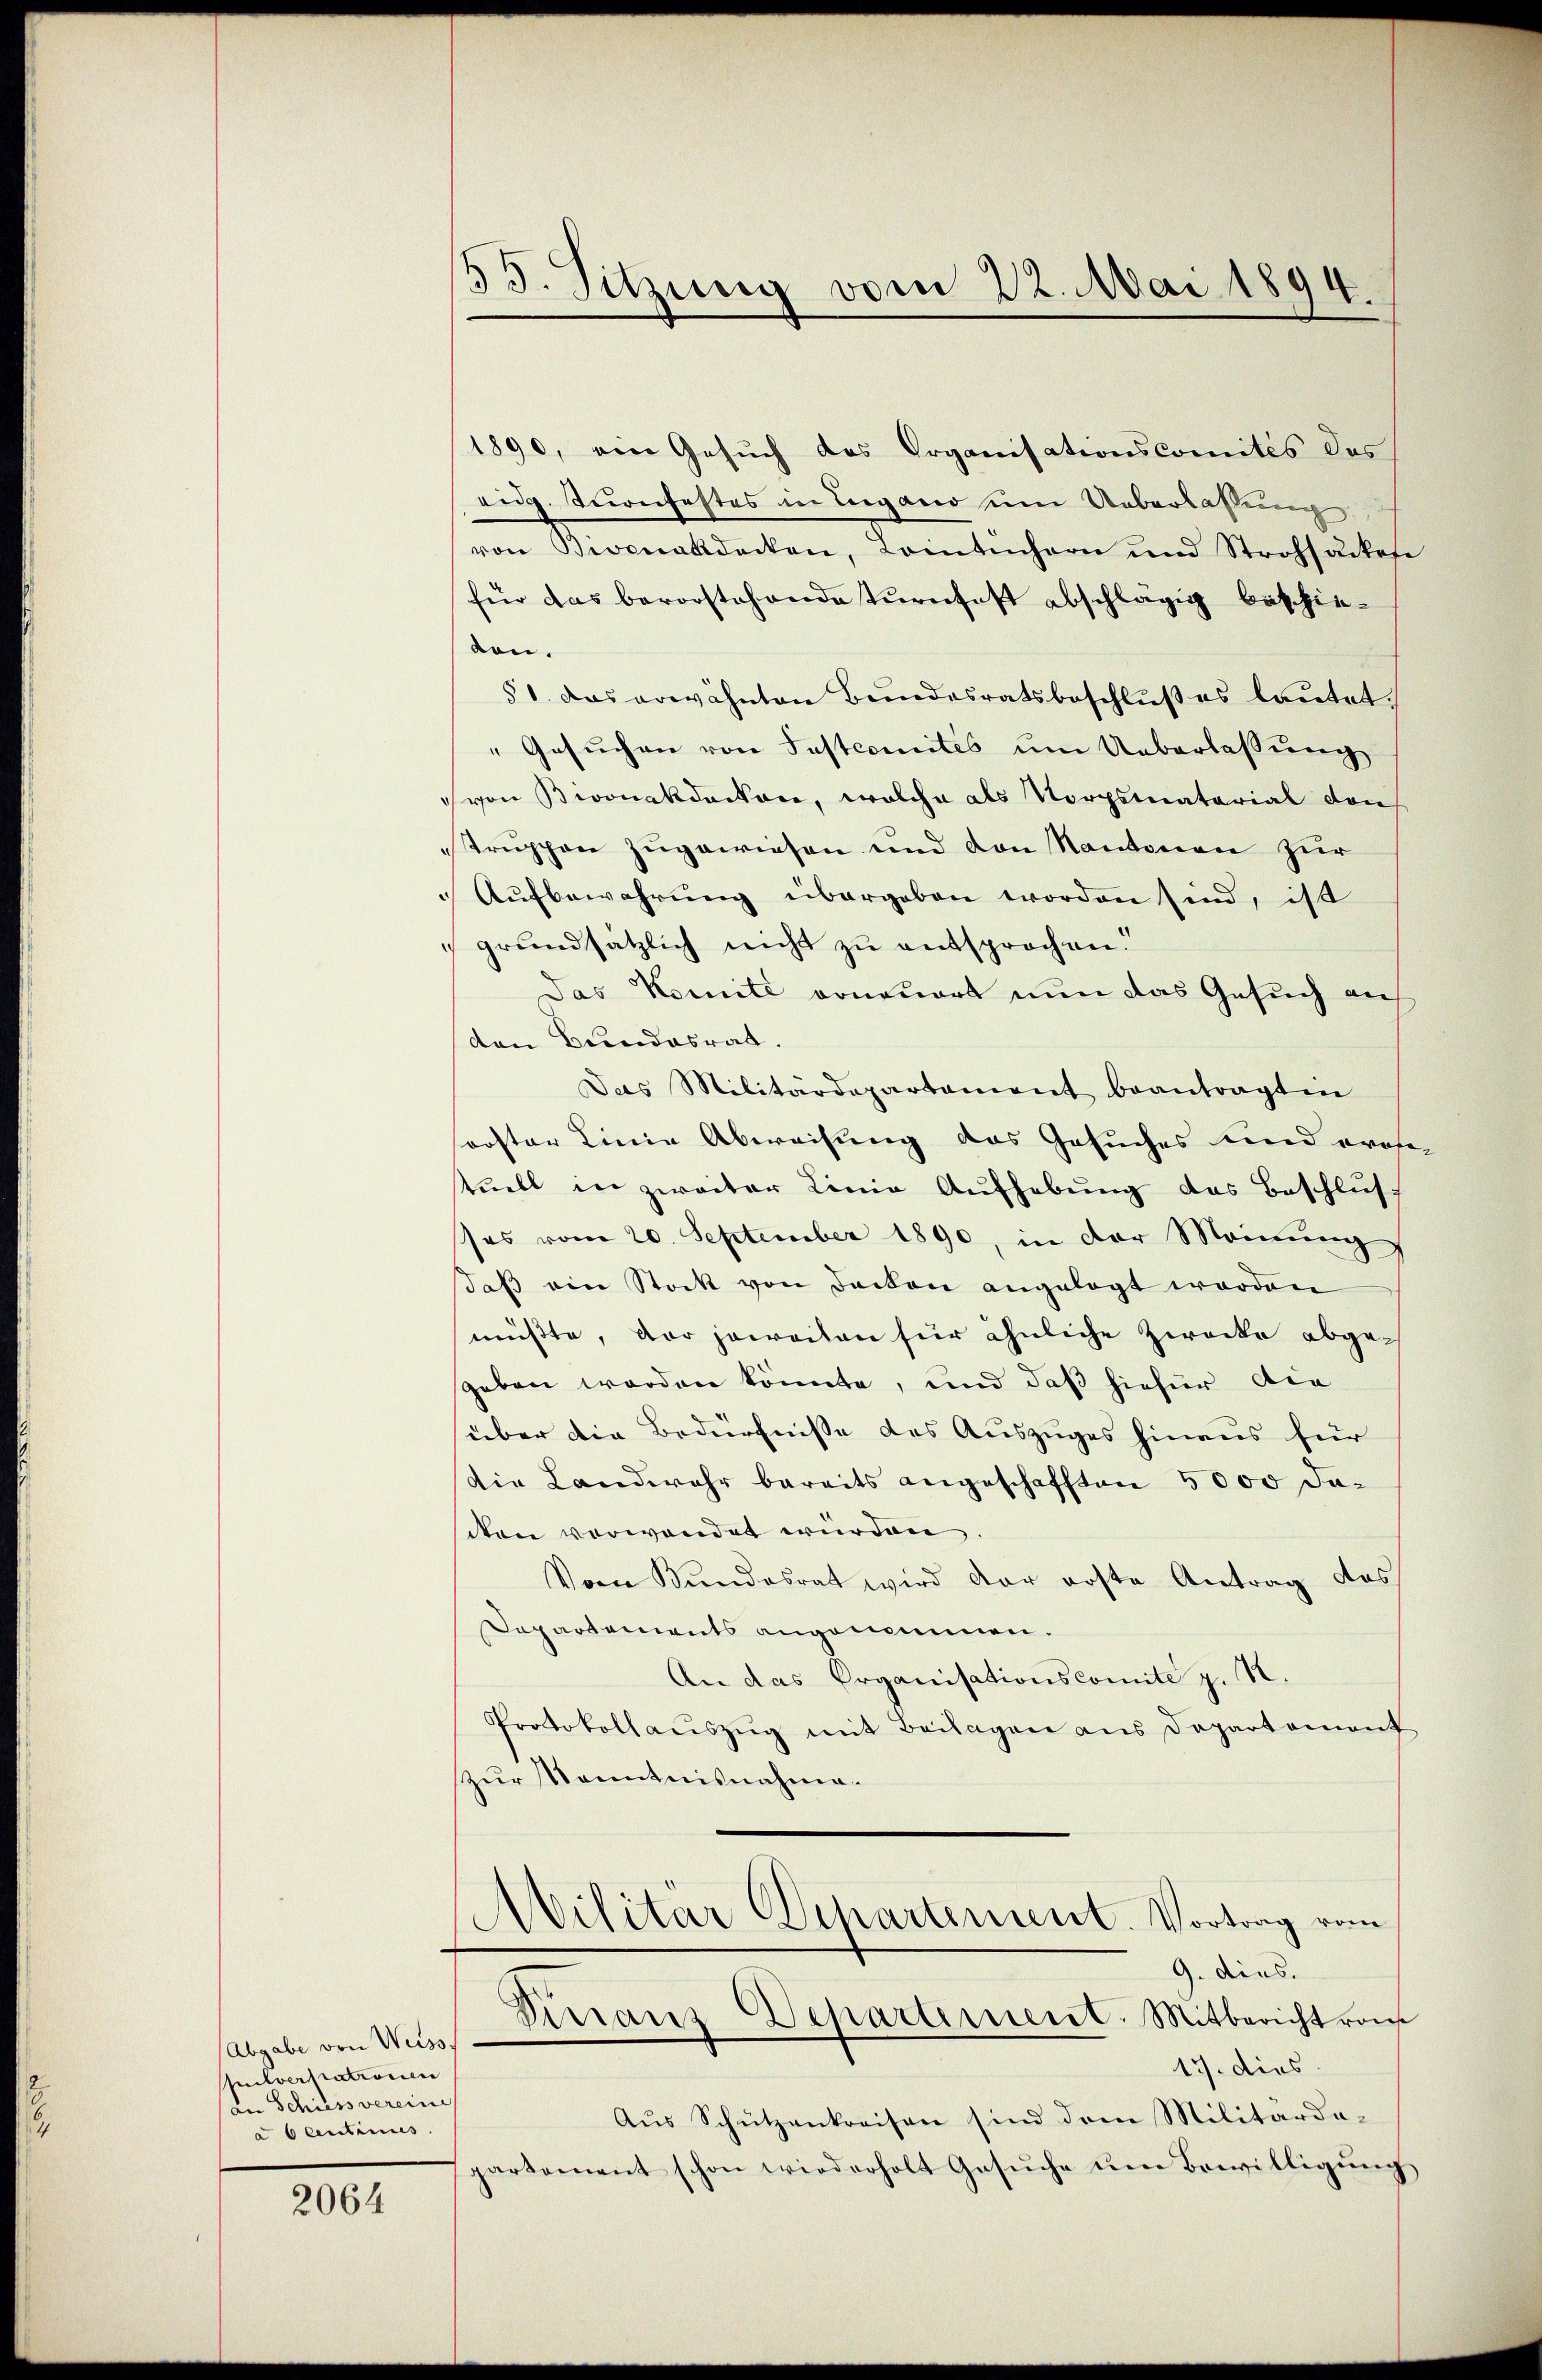
(Abgabe von Weiss,
Mitverstationen
in Schiess vereini
u 6 Centinues.

2064

35. Sitzung vom 22. Mai 1894.

1890, ein Gesuch des Organisationscomités des
eidg. Turnfestes in Lugano um Ueberlassung
von Bivcnakdacken, Loitüchern und Strohsackese
für das bevorstehende Turnfest abschlägig beschieden.
51. das erwähnten Bundesratsbeschlußes lautet:
"Gesuchen von Instcomités um Ueberlassung
von Bioonakdoctore, welche als Vorgsmaterial von
Struppen zugewiesen und von Kantonen zur
Aŭfbewahrŭng übergeben worden sind, ist
grundsätzlich nicht zu entsprochen.
Das Komité erneuert nun das Gesuch an
den Bundesrat.
Das Militärdepartement beantragten
roster Linie Abweisung des Gesuches und erose
tuell in zweiter Linie Aŭfhebŭng des Beschlŭs
ses vom 20. September 1890, in der Meinung
daß ein Stock von Backen angelegt werden
müsste, der jeweilen für ähnliche Zwecke abgegeben worden könnte, und daß hiefür die
über die Bedürfnisse des Auszuges hinaus für
die Landwehr bereits angeschafften 5000 daden verwendet würden.
Vom Bundesrat wird der erste Antrag des
Departements angenommen.
An das Organisationscomite z. R.
Protokollaŭszŭg mit Beilagen aus Departement
zur Kenntnisnahme.
Abilitär Departement. Vortrag vom
9. dies.
Sinanz-Departement. Mitbericht vom
17. dies
Aus Schützenkreisen sind dem Militärdapartement schon wiederholt Gesŭche ŭm Bewilligŭng